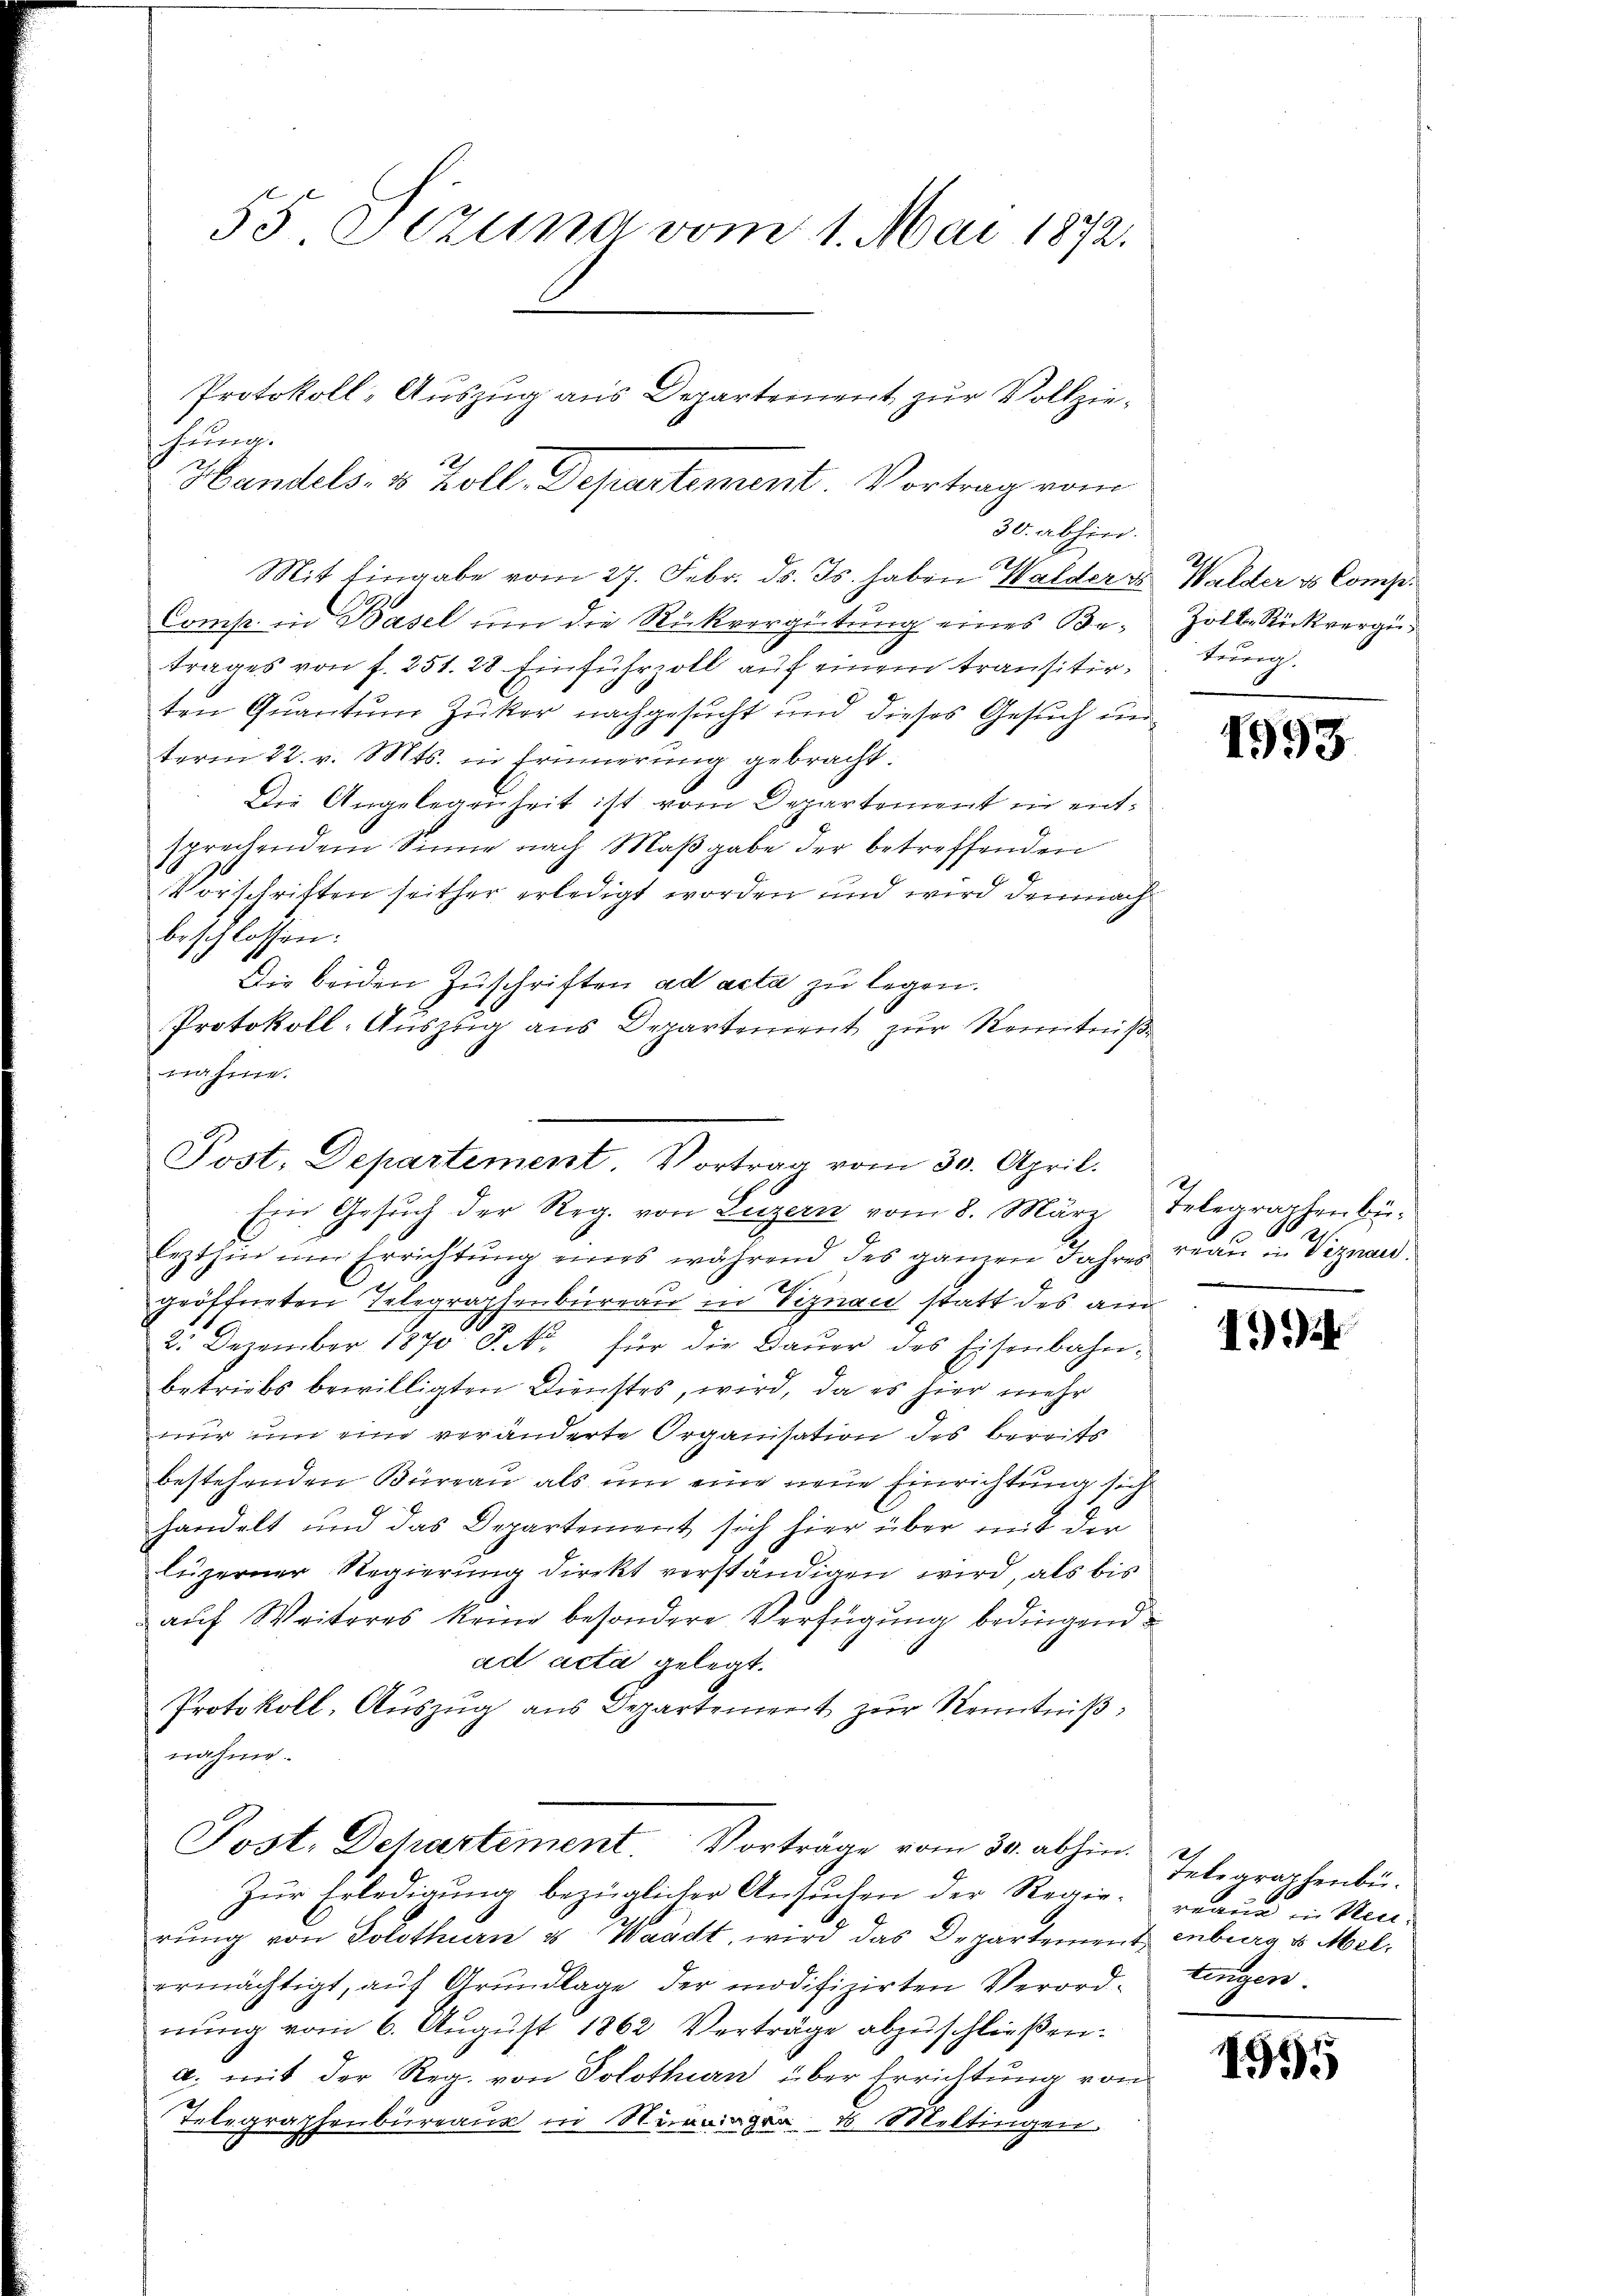
55 Tizung vom 1. Mai 1872.

Mit Eingabe vom 27. Febr. ds. Js. haben Halder u. Walder & Compe¬
Comp. in Basel um die Rückvergütŭng eines Be- Zolle Rückvergütrages von f. 251. 28. Einfuhrzoll auf einem transitir turg
ten Quantum Zucker nachgesucht und dieses Gesuch un-
term 22. v. Mts. in Erinnerung gebracht.
Die Angelegenheit ist vom Departement in entsprechendem Sinne nach Maβgabe der betreffenden
Vorschriften seither erledigt worden und wird demnach
beschlossen:
Die beiden Zuschriften ad acta zu legen.
Protokoll-Auszug aus Departement zur Kenntniße
wahme.
lezthin um Errichtŭng eines während des ganzen Jahres reaŭ in Viznau.
geöffneten Telegraphenbureau in Viznau statt des am
2. Dezember 1870 P. Nr. für die Baŭer des Eisenbahn-
betriebs bewilligten Dienstes, wird, da es hier mehr
nur um eine veränderte Organisation des bereits
bestehenden Büreau als um eine neue Einrichtung sich
handelt und das Departement sich hier über mit der
luzerner Regierung direkt verständigen wird, als bis
auf Weiteres keine besondere Verfügung bedingend
ad acta gelegt.
Protokoll, Auszug aus Departement zur Kenntnißnahme.
Post. Dchartement Vorträge vom 30. abhin.
Zur Erledigung bezüglicher Ansuchen der Regie-reau in Um-
rŭng von Solothurn u. Waadt, wird das Departement enburg v. Mel-
ermächtigt, aŭf Grŭndlage der modifizirten Verord- tingen.
nung vom 6. August 1862 Verträge abzuschließen.
a. mit der Reg. von Solothurn über Errichtung von
Telegraphenbureaus in Neinger 1 Meltingen.

Protokoll-Auszug aus Departement zur Vollziehung.
Handels- & Zoll, Departement. Vortrag vom
30. abhin.

Post, Departement. Vortrag vom 30. April.
Ein Gesuch der Reg. von Luzern vom 8. März

e

1993

Telegraphenbü¬

1524

Telegraphenbü

1991